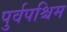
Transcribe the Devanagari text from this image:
पुर्वपश्चिम